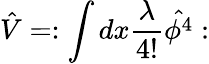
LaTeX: \hat{V}=:\int dx\frac{\lambda}{4!}\hat{\phi^{4}}: